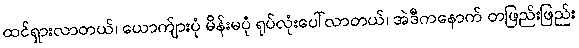
ထင်ရှားလာတယ်၊ ယောက်ျားပုံ မိန်းမပုံ ရုပ်လုံးပေါ်လာတယ်၊ အဲဒီကနောက် တဖြည်းဖြည်း